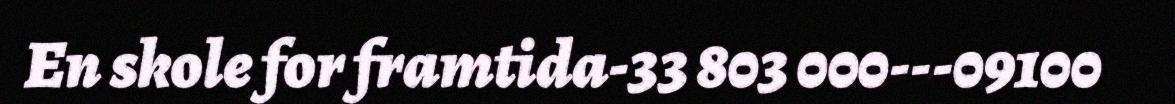
En skole for framtida-33 803 000---09100